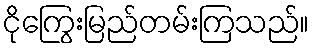
ငိုကြွေးမြည်တမ်းကြသည်။